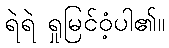
ရဲရဲ ရှုမြင်ဝံ့ပါ၏။